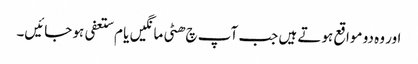
اور وہ دو مواقع ہوتے ہیں جب آپ چ ھٹی مانگیں یا م ستعفی ہو جائیں۔